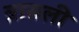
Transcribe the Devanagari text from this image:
त्रासली